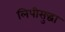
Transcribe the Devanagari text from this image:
लिपीसुद्धा